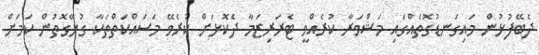
ދެބޭފުޅުން މައިގަނޑުގޮތެއްގައި މަޝްވަރާ ކުރެއްވީ ޓެރަރިޒަމާ ދެކޮޅަށް ކުރެވޭ މަސައްކަތްތަކާ ގުޅޭގޮތުން ކަމަށް